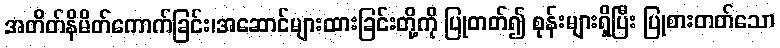
အတိတ်နိမိတ်ကောက်ခြင်း၊အဆောင်များထားခြင်းတို့ကို ပြုတတ်၍ စုန်းများရှိပြီး ပြုစားတတ်သော